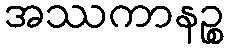
အဿကာနဉ္စ